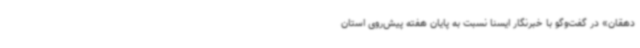
دهقان» در گفت‌وگو با خبرنگار ایسنا نسبت به پایان هفته پیش‌روی استان